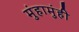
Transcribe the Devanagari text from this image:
मुंहामुंही